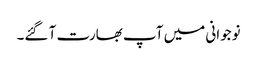
نوجوانی میں آپ بھارت آ گئے۔